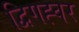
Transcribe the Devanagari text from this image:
द्विगह्वर